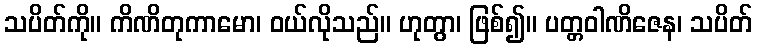
သပိတ်ကို။ ကိဏိတုကာမော၊ ဝယ်လိုသည်။ ဟုတွာ၊ ဖြစ်၍။ ပတ္တဝါဏိဇေန၊ သပိတ်